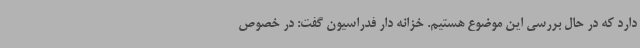
دارد که در حال بررسی این موضوع هستیم. خزانه دار فدراسیون گفت: در خصوص